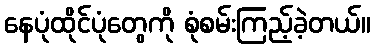
နေပုံထိုင်ပုံတွေကို စုံစမ်းကြည့်ခဲ့တယ်။